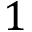
1